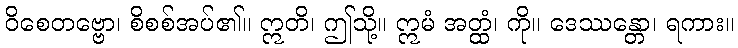
ဝိစေတဗ္ဗော၊ စိစစ်အပ်၏။ ဣတိ၊ ဤသို့။ ဣမံ အတ္ထံ၊ ကို။ ဒေဿန္တော၊ ရကား။